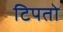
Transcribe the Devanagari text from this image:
टिपतो